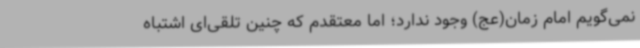
نمی‌گویم امام زمان(عج) وجود ندارد؛ اما معتقدم که چنین تلقی‌ای اشتباه